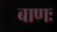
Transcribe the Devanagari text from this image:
बाणः